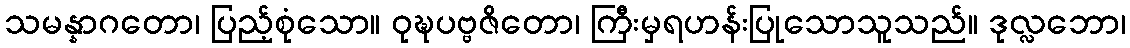
သမန္နာဂတော၊ ပြည့်စုံသော။ ဝုဍ္ဎပဗ္ဗဇိတော၊ ကြီးမှရဟန်းပြုသောသူသည်။ ဒုလ္လဘော၊